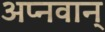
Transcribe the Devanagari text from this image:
अप्नवान्